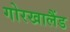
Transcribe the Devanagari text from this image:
गोरखालैंड